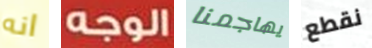
انه الوجه يهاجمنا نقطع